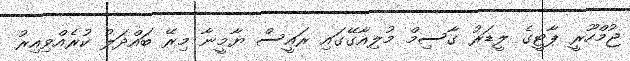
ޖުމްހޫރީ ޕާޓީގެ ލީޑަރު ގާސިމްް މުލިއާގޭގައި ރައީސް ޔާމީނާ މިރޭ ބައްދަލު ކުރެއްވިއިރު